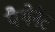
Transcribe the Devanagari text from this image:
पैथेनेट